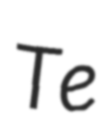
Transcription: Te